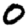
Digit: 0